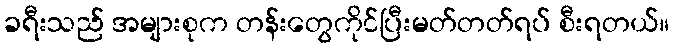
ခရီးသည် အများစုက တန်းတွေကိုင်ပြီးမတ်တတ်ရပ် စီးရတယ်။